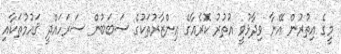
މީގެ އިތުރުން އޭނާ ވިދާޅުވީ އުތުރު ކޮރެއާގެ އިންޒާރުތަކުގެ ސަބަބުން ސަރަހައްދީ ޤައުމުތަކާއި